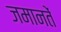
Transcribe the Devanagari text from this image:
जमानतें